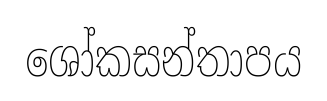
ශෝකසන්තාපය